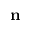
\mathbf { n }